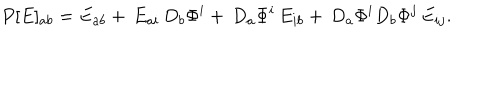
P [ E ] _ { a b } = E _ { a b } + \, E _ { a i } \, D _ { b } \Phi ^ { i } + \, D _ { a } \Phi ^ { i } \, E _ { i b } + \, D _ { a } \Phi ^ { i } D _ { b } \Phi ^ { j } \, E _ { i j } .